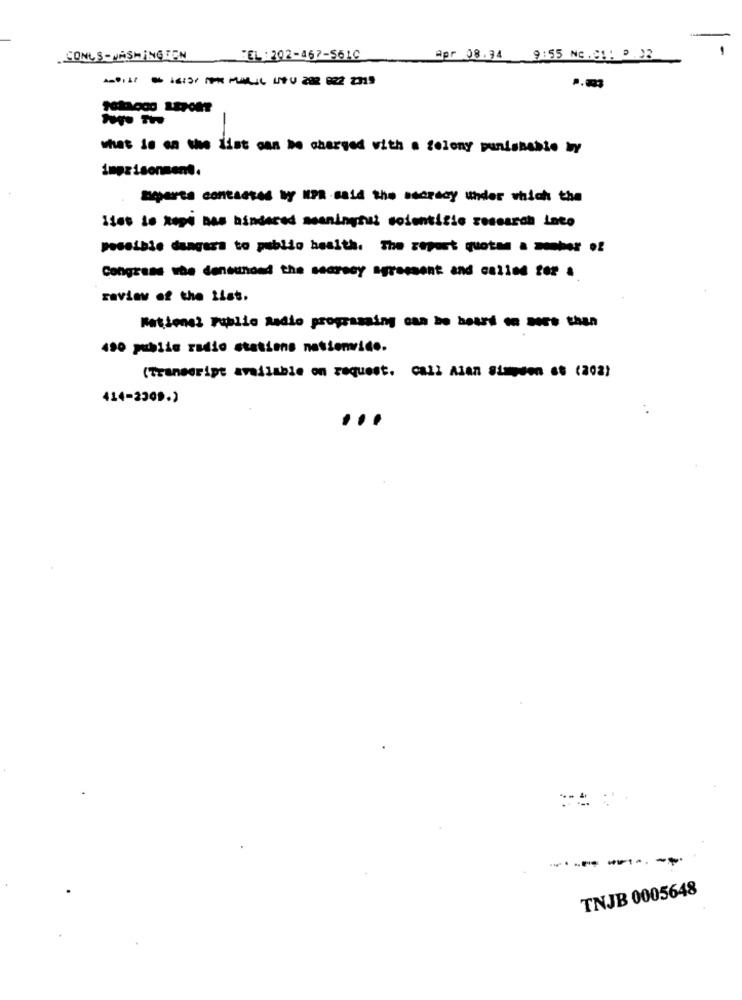
CONCS - WASHINGTON
TEL : 202-467-5610
Apr 08.34 9:55 NC.C .: 2.33
P.003
what is on the list can be charged with a felony punishable by
imprisonment.
soares contacted by NPR -said the secrecy under which the
lies le kopi nas hindered meaningful soientizio research Lato
possible dangers to public health. The report quotas a zonher of
Congress she densunded the searscy agreement and called for a
review of the list.
National Public Radio programaing can bo heart on more than
490 public radio stations nasionvido.
(Transcript available on request. call Alan Simpson st (202)
414-2309.)
-------
TNJB 0005648